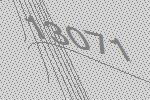
13071